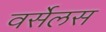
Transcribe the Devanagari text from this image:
वर्सेलस